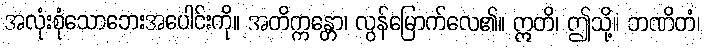
အလုံးစုံသောဘေးအပေါင်းကို။ အတိက္ကန္တော၊ လွန်မြောက်လေ၏။ ဣတိ၊ ဤသို့။ ဘဏိတံ၊